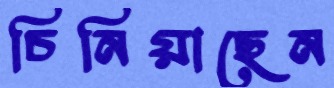
চিনিয়াছেন